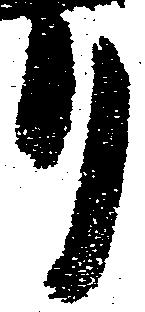
り